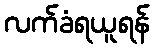
လက်ခံရယူရန်